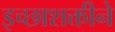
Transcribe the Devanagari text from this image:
इच्छाशक्तीने